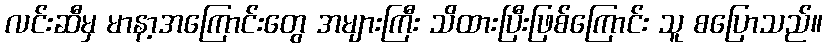
လင်းဆီမှ မာနာ့အကြောင်းတွေ အများကြီး သိထားပြီးဖြစ်ကြောင်း သူ စပြောသည်။